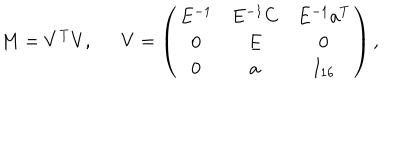
LaTeX: M = V ^ { T } V , \ \ V = \left( \begin{matrix} { { E ^ { - 1 } } } & { { E ^ { - 1 } C } } & { { E ^ { - 1 } a ^ { T } } } \\ { { 0 } } & { { E } } & { { 0 } } \\ { { 0 } } & { { a } } & { { I _ { 1 6 } } } \\ \end{matrix} \right) ,